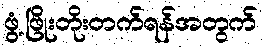
ဖွံ့ဖြိုးတိုးတက်ရန်အတွက်